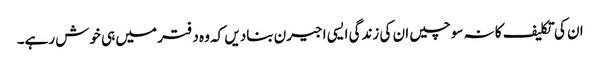
ان کی تکلیف کا نہ سوچیں ان کی زندگی ایسی اجیرن بنادیں کہ وہ دفتر میں ہی خوش رہے۔